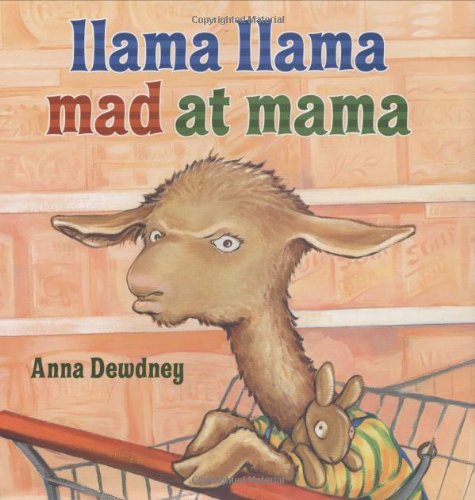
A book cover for Llama Llama Mad at Mama; Anna Dewdney; Children's Books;